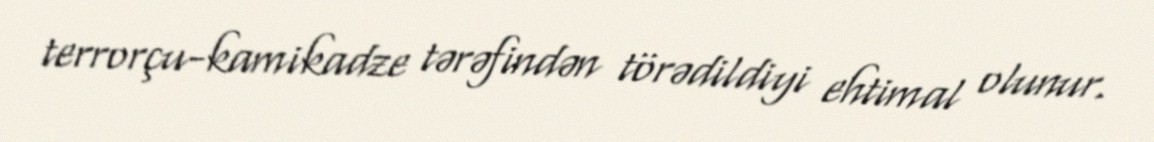
terrorçu-kamikadze tərəfindən törədildiyi ehtimal olunur.